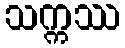
သက္ကဿ